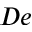
D e